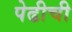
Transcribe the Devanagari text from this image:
पेढीची